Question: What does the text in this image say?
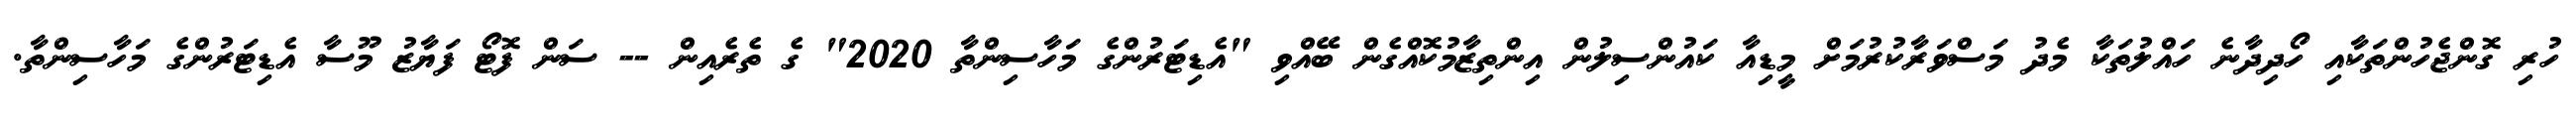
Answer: ހުރި ގޮންޖެހުންތަކާއި ހޯދިދާނެ ހައްލުތަކާ މެދު މަސްވަރާކުރުމަށް މީޑިއާ ކައުންސިލުން އިންތިޒާމުކޮއްގެން ބޭއްވި "އެޑިޓަރުންގެ މަހާސިންތާ 2020" ގެ ތެރެއިން -- ސަން ފޮޓޯ ފަޔާޒު މޫސާ އެޑިޓަރުންގެ މަހާސިންތާ.